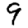
Digit: 9